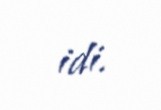
idi.